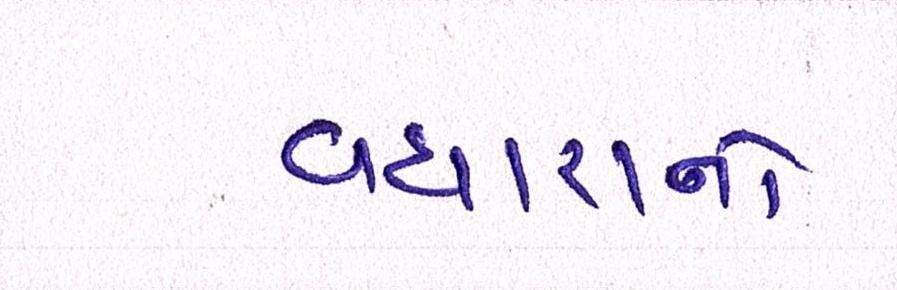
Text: વધારાનો